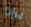
يرانا